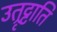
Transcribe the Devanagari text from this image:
उत्रृट्टाति